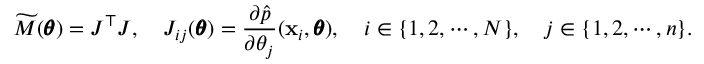
\widetilde M ( \pmb \theta ) = J ^ { \top } J , \quad J _ { i j } ( \pmb \theta ) = \frac { \partial \hat { p } } { \partial \theta _ { j } } ( \mathbf x _ { i } , \pmb \theta ) , \quad i \in \{ 1 , 2 , \cdots , N \} , \quad j \in \{ 1 , 2 , \cdots , n \} .